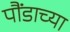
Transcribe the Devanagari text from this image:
पौंडाच्या